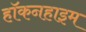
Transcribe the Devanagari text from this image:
हॉकनहाइम